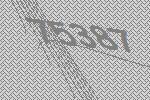
75387